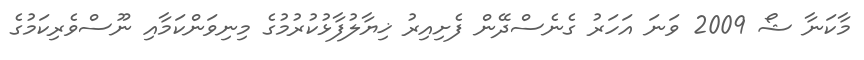
މާކަނާ ޝޯ 2009 ވަނަ އަހަރު ގެނެސްދޭން ފެށިއިރު ޚިޔާލުފާޅުކުރުމުގެ މިނިވަންކަމާއި ނޫސްވެރިކަމުގެ